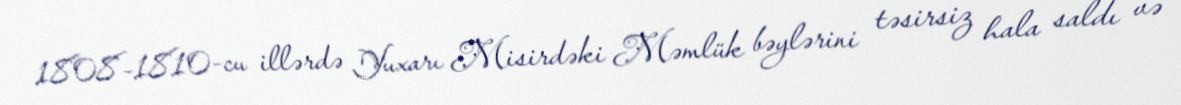
1808–1810-cu illərdə Yuxarı Misirdəki Məmlük bəylərini təsirsiz hala saldı və